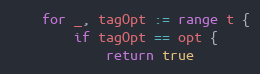
Language: Go
	for _, tagOpt := range t {
		if tagOpt == opt {
			return true